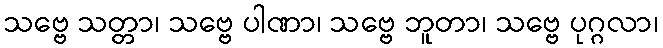
သဗ္ဗေ သတ္တာ၊ သဗ္ဗေ ပါဏာ၊ သဗ္ဗေ ဘူတာ၊ သဗ္ဗေ ပုဂ္ဂလာ၊